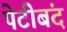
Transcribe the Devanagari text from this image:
पेटीबंद